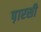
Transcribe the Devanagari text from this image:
प़ारसी